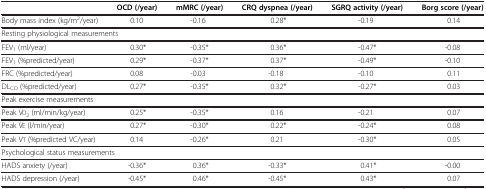
<table><thead><tr><td><b> </b></td><td><b>OCD (/year)</b></td><td><b>mMRC (/year)</b></td><td><b>CRQ dyspnea (/year)</b></td><td><b>SGRQ activity (/year)</b></td><td><b>Borg score (/year)</b></td></tr></thead><tbody><tr><td>Body mass index (kg/m<sup>2</sup>/year)</td><td>0.10</td><td>-0.16</td><td>0.28*</td><td>-0.19</td><td>0.14</td></tr><tr><td colspan="6">Resting physiological measurements</td></tr><tr><td>FEV<sub>1</sub> (ml/year)</td><td>0.30*</td><td>-0.35*</td><td>0.36*</td><td>-0.47*</td><td>-0.08</td></tr><tr><td>FEV<sub>1</sub> (%predicted/year)</td><td>0.29*</td><td>-0.37*</td><td>0.37*</td><td>-0.49*</td><td>-0.10</td></tr><tr><td>FRC (%predicted/year)</td><td>0.08</td><td>-0.03</td><td>-0.18</td><td>-0.10</td><td>0.11</td></tr><tr><td>DL<sub>CO</sub> (%predicted/year)</td><td>0.27*</td><td>-0.35*</td><td>0.32*</td><td>-0.27*</td><td>0.03</td></tr><tr><td colspan="6">Peak exercise measurements</td></tr><tr><td>Peak V<sub>2</sub> (ml/min/kg/year)</td><td>0.25*</td><td>-0.35*</td><td>0.16</td><td>-0.21</td><td>0.07</td></tr><tr><td>Peak V (l/min/year)</td><td>0.27*</td><td>-0.30*</td><td>0.22*</td><td>-0.24*</td><td>0.08</td></tr><tr><td>Peak V (%predicted VC/year)</td><td>0.14</td><td>-0.26*</td><td>0.21</td><td>-0.30*</td><td>0.05</td></tr><tr><td colspan="6">Psychological status measurements</td></tr><tr><td>HADS anxiety (/year)</td><td>-0.36*</td><td>0.36*</td><td>-0.33*</td><td>0.41*</td><td>-0.00</td></tr><tr><td>HADS depression (/year)</td><td>-0.45*</td><td>0.46*</td><td>-0.45*</td><td>0.43*</td><td>0.07</td></tr></tbody></table>